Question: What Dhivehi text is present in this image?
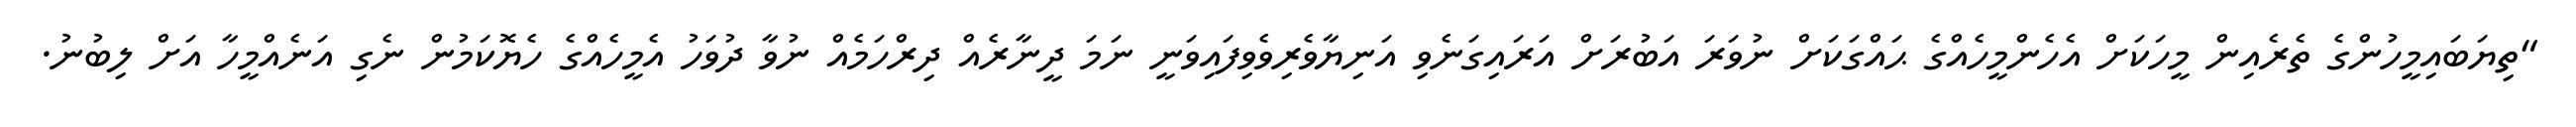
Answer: "ތިޔަބައިމީހުންގެ ތެރެއިން މީހަކަށް އެހެންމީހެއްގެ ޙައްގަކަށް ނުވަރަ އަބުރަށް އަރައިގަނެވި އަނިޔާވެރިވެވިފައިވަނީ ނަމަ ދީނާރެއް ދިރްހަމެއް ނުވާ ދުވަހު އެމީހެއްގެ ހެޔޮކަމުން ނެގި އަނެއްމީހާ އަށް ލިބުނު.